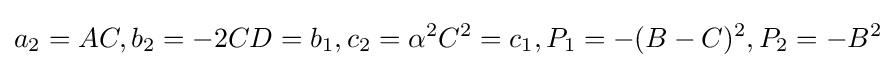
a_{2}=AC,b_{2}=-2CD=b_{1},c_{2}=\alpha ^{2}C^{2}=c_{1},P_{1}=-(B-C)^{2},P_{2}=-B^{2}